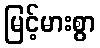
မြင့်မားစွာ